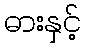
ဓားနှင့်